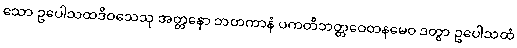
သော ဥပေါသထဒိဝသေသု အတ္တနော ဘတကာနံ ပကတိဘတ္တဝေတနမေဝ ဒတွာ ဥပေါသထံ